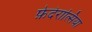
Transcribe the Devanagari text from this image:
फ़ेदेरात्सिया